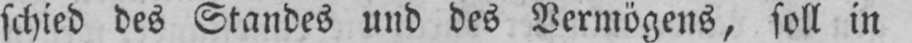
schied des Standes und des Vermögens, soll in